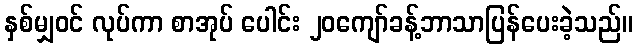
နှစ်မျှဝင် လုပ်ကာ စာအုပ် ပေါင်း ၂၀ကျော်ခန့်ဘာသာပြန်ပေးခဲ့သည်။